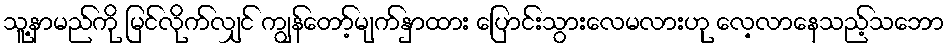
သူ့နာမည်ကို မြင်လိုက်လျှင် ကျွန်တော့်မျက်နှာထား ပြောင်းသွားလေမလားဟု လေ့လာနေသည့်သဘော